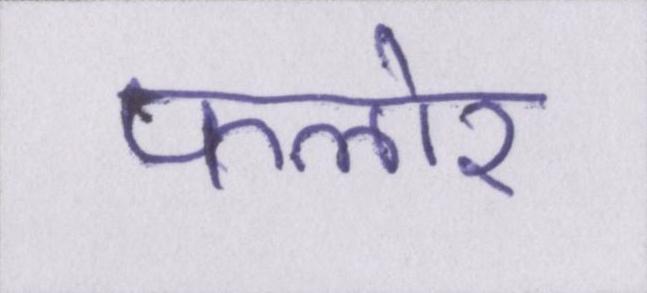
फ्लोर